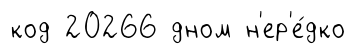
код 20266 дном н'ер'е́дко